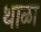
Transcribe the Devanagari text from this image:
थाळा